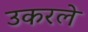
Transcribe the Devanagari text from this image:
उकरले